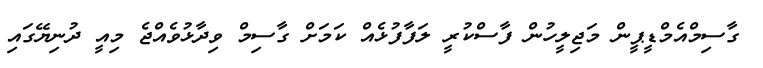
ގާސިމްއެމްޑީޕީން މަޖިލީހުން ފާސްކުރީ ލަފާފުޅެއް ކަމަށް ގާސިމް ވިދާޅުވެއްޖެ މިއީ ދުނިޔޭގައި